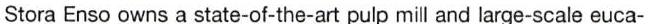
Stora Enso owns a state-of-the-art pulp mill and large-scale euca-